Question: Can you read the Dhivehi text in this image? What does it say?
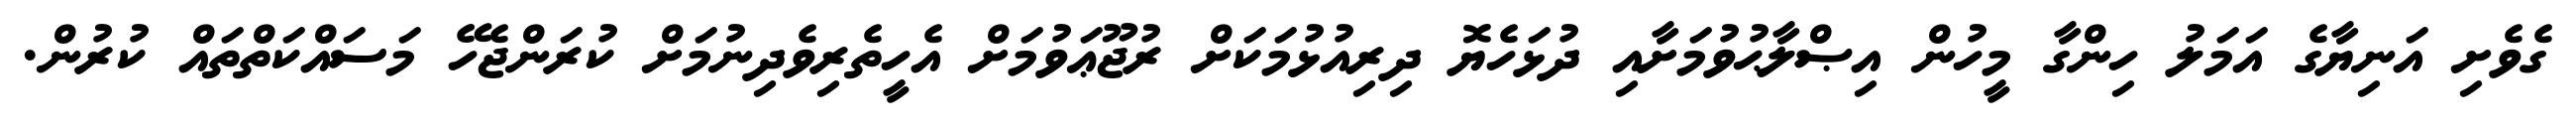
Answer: ގެވެށި އަނިޔާގެ އަމަލު ހިންގާ މީހުން އިޞްލާޙުވުމަށާއި ދުޅަހެޔޮ ދިރިއުޅުމަކަށް ރުޖޫޢަވުމަށް އެހީތެރިވެދިނުމަށް ކުރަންޖެހޭ މަސައްކަތްތައް ކުރުން.